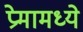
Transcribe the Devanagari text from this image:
प्रेमामध्ये